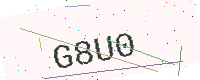
Text: G8U0